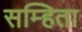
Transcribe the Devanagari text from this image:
सम्हिता